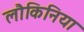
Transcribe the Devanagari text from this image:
लौकिनिया